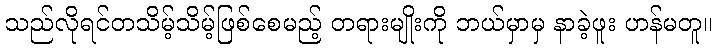
သည်လိုရင်တသိမ့်သိမ့်ဖြစ်စေမည့် တရားမျိုးကို ဘယ်မှာမှ နာခဲ့ဖူး ဟန်မတူ။